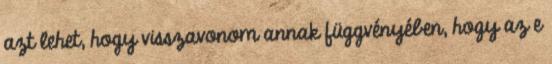
azt lehet, hogy visszavonom annak függvényében, hogy az e